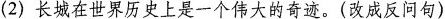
(2)长城在世界历史上是一个伟大的奇迹。(改成反问句)